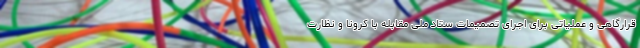
قرارگاهی و عملیاتی برای اجرای تصمیمات ستاد ملی مقابله با کرونا و نظارت